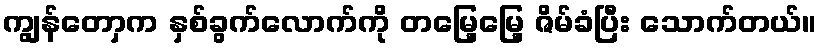
ကျွန်တောှက နှစ်ခွက်လောက်ကို တမြေ့မြေ့ ဇိမ်ခံပြီး သောက်တယ်။